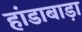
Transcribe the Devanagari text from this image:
हांडाबाड़ा